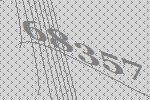
68357